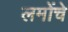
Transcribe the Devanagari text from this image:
लमोंचे